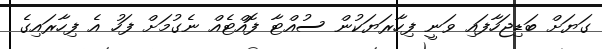
ގަޔަށް ބަޑިޖަހާފައި ވަނީ ފިހާރަޔަކުން ސުއްޓާ ފޮއްޓެއް ނެގުމަށް ފަހު އެ ފިހާރައިގެ